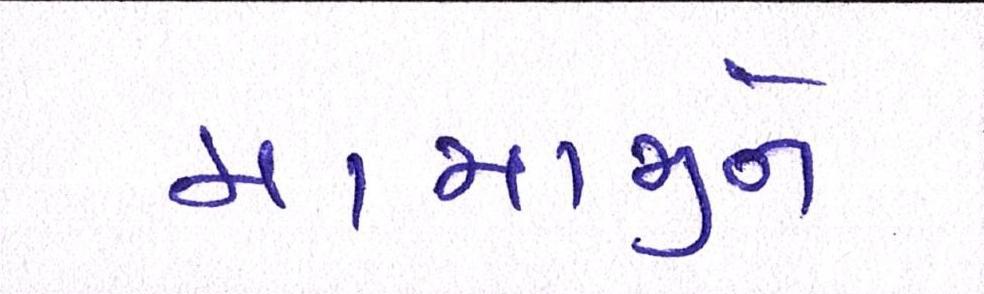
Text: મામાજીને